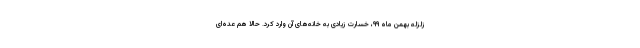
زلزله بهمن ماه ۹۹، خسارت زیادی به خانه‌های آن وارد کرد. حالا هم عده‌ای